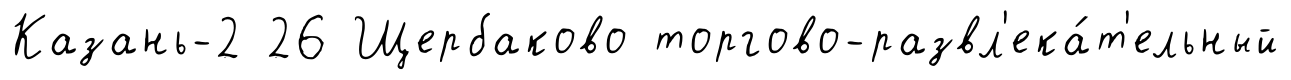
Казань-2 26 Щербаково торгово-развл'ека́т'ельный